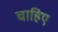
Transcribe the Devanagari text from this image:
चाहिए